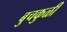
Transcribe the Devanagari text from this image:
बुचकुळी